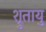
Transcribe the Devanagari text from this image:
श्रुतायु